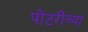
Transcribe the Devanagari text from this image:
पोटरीच्या